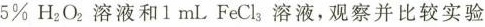
5\% H_{2}O_{2}溶液和1 mL FeCl_{3}溶液，观察并比较实验